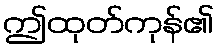
ဤထုတ်ကုန်၏